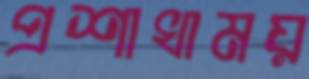
প্রশাখাময়